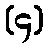
(၄)